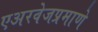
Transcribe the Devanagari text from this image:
एअरवेजप्रमाणे